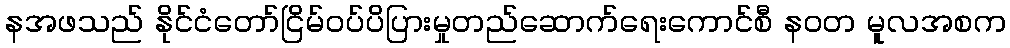
နအဖသည် နိုင်ငံတော်ငြိမ်ဝပ်ပိပြားမှုတည်ဆောက်ရေးကောင်စီ နဝတ မူလအစက